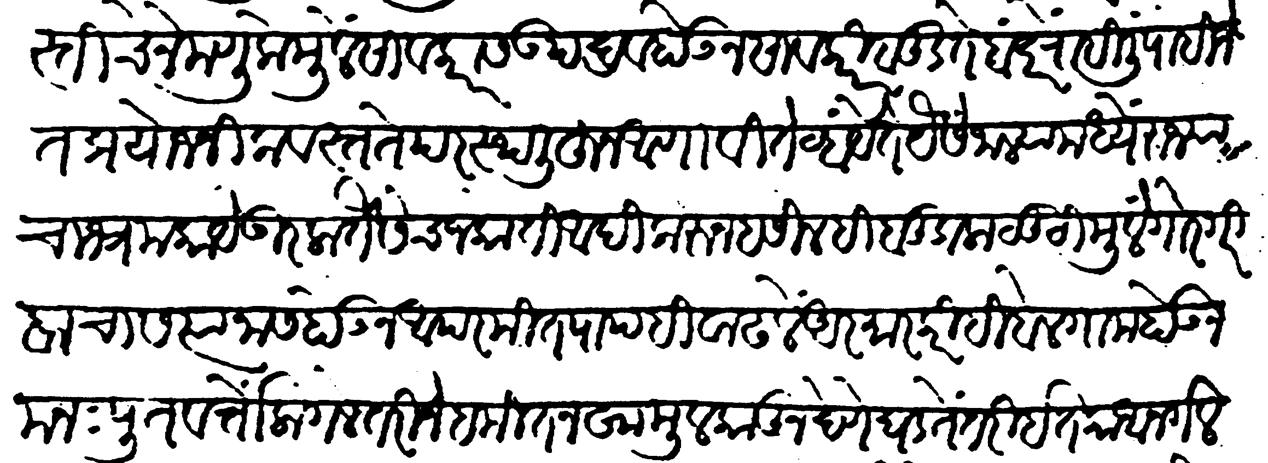
Transliteration (Devanagari): पैदास्तीचे नेमणुकेमुळे सावकारांस उपद्रव होऊन सावकारी बुडते बंदरें राहिलीं पाहिजेत प्रयोजनिक वस्तेत परस्थळीहून आणावे तेव्हा येते यैसे जाल्यामध्यें राज्याचा भ्रम काय उरला तैसेंच जकाती आदीकरुन हसीलहि बुडाला लुटीमुळें गोरगरीबांचा सत्यानाश होऊन परमीत पापही वाढले आरमारकरीही बेलगाम होऊन मनपुत वर्तों लागले तरी नेहमी तनखा मुलकांतून देणें घडते तरी इतका अनर्गल